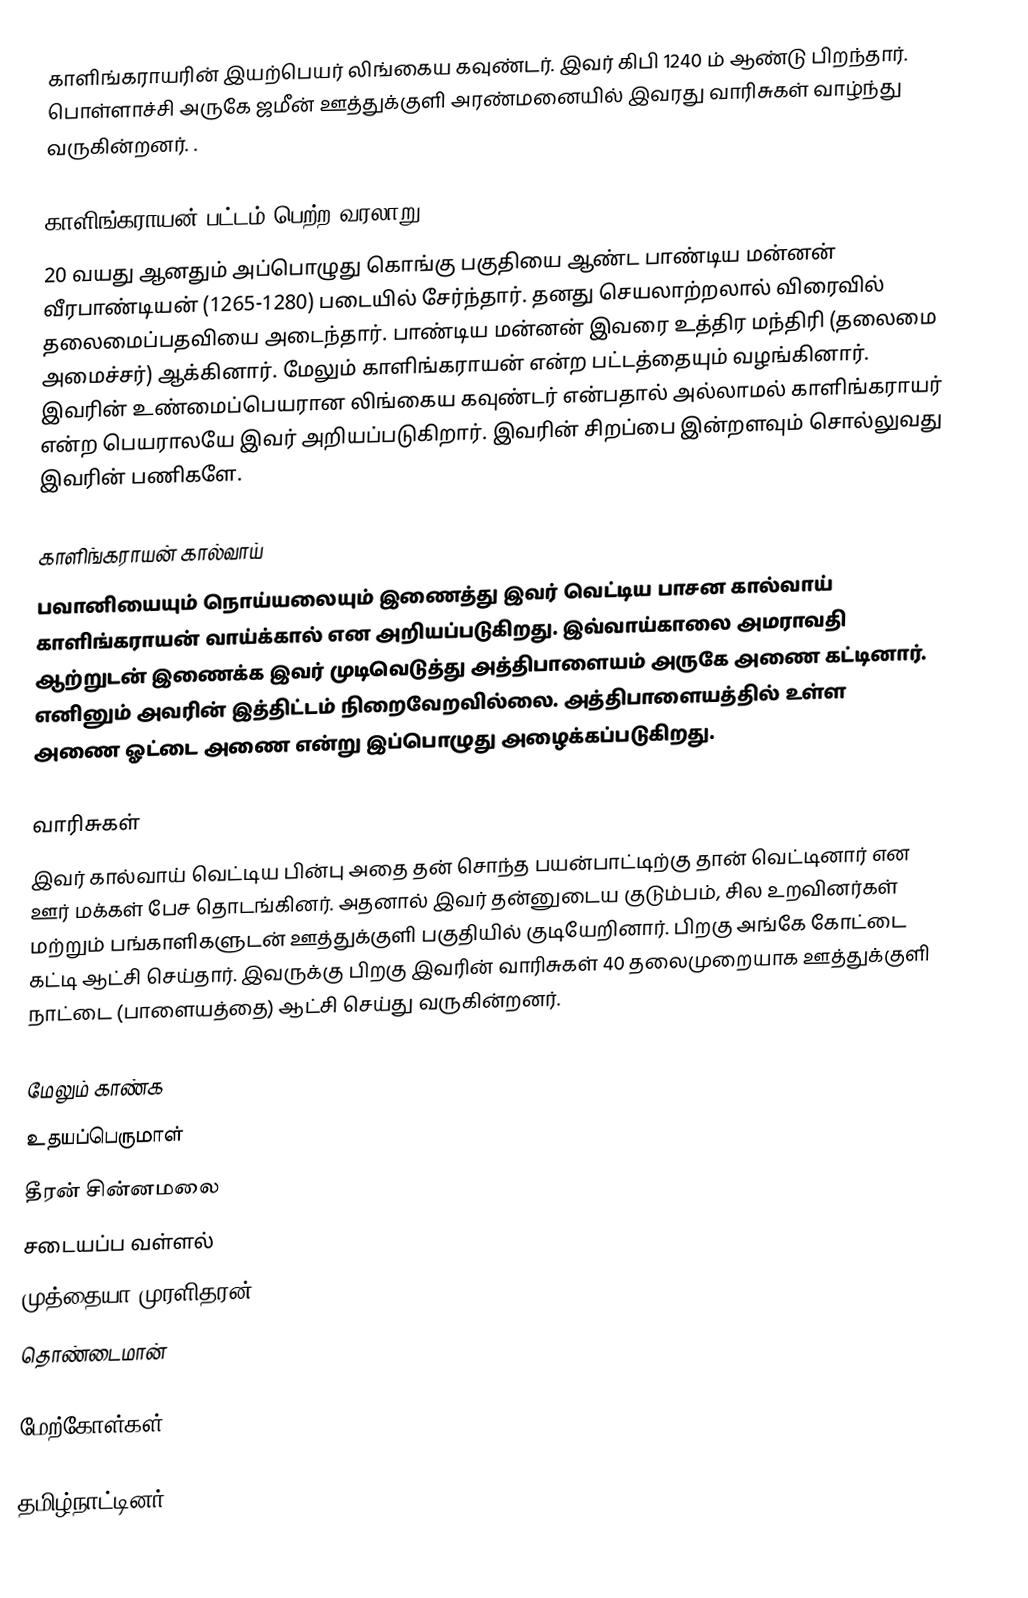
காளிங்கராயரின் இயற்பெயர் லிங்கைய கவுண்டர். இவர் கிபி 1240 ம் ஆண்டு பிறந்தார். பொள்ளாச்சி அருகே ஜமீன் ஊத்துக்குளி அரண்மனையில் இவரது வாரிசுகள் வாழ்ந்து வருகின்றனர். .

காளிங்கராயன் பட்டம் பெற்ற வரலாறு
20 வயது ஆனதும் அப்பொழுது கொங்கு பகுதியை ஆண்ட பாண்டிய மன்னன் வீரபாண்டியன் (1265-1280) படையில் சேர்ந்தார். தனது செயலாற்றலால் விரைவில் தலைமைப்பதவியை அடைந்தார். பாண்டிய மன்னன் இவரை உத்திர மந்திரி (தலைமை அமைச்சர்) ஆக்கினார். மேலும் காளிங்கராயன் என்ற பட்டத்தையும் வழங்கினார். இவரின் உண்மைப்பெயரான லிங்கைய கவுண்டர் என்பதால் அல்லாமல் காளிங்கராயர் என்ற பெயராலயே இவர் அறியப்படுகிறார். இவரின் சிறப்பை இன்றளவும் சொல்லுவது இவரின் பணிகளே.

காளிங்கராயன் கால்வாய்
பவானியையும் நொய்யலையும் இணைத்து இவர் வெட்டிய பாசன கால்வாய் காளிங்கராயன் வாய்க்கால் என அறியப்படுகிறது. இவ்வாய்காலை அமராவதி ஆற்றுடன் இணைக்க இவர் முடிவெடுத்து அத்திபாளையம் அருகே அணை கட்டினார். எனினும் அவரின் இத்திட்டம் நிறைவேறவில்லை. அத்திபாளையத்தில் உள்ள அணை ஓட்டை அணை என்று இப்பொழுது அழைக்கப்படுகிறது.

வாரிசுகள்
இவர் கால்வாய் வெட்டிய பின்பு அதை தன் சொந்த பயன்பாட்டிற்கு தான் வெட்டினார் என ஊர் மக்கள் பேச தொடங்கினர். அதனால் இவர் தன்னுடைய குடும்பம், சில உறவினர்கள் மற்றும் பங்காளிகளுடன் ஊத்துக்குளி பகுதியில் குடியேறினார். பிறகு அங்கே கோட்டை கட்டி ஆட்சி செய்தார். இவருக்கு பிறகு இவரின் வாரிசுகள் 40 தலைமுறையாக ஊத்துக்குளி நாட்டை (பாளையத்தை) ஆட்சி செய்து வருகின்றனர்.

மேலும் காண்க
 உதயப்பெருமாள்
 தீரன் சின்னமலை
 சடையப்ப வள்ளல்
 முத்தையா முரளிதரன்
 தொண்டைமான்

மேற்கோள்கள்

தமிழ்நாட்டினர்